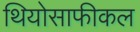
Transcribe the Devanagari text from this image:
थियोसाफीकल